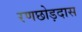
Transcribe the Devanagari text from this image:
रणछोड़दास